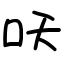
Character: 㕭